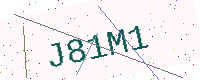
Text: J81M1